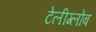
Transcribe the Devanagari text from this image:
टेलीग्लोब